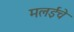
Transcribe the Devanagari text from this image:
मलईचे